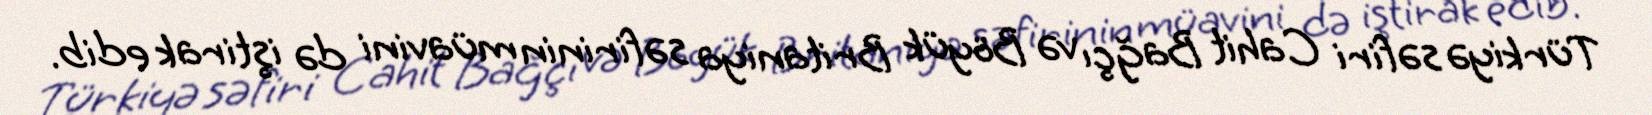
Türkiyə səfiri Cahit Bağçı və Böyük Britaniya səfirinin müavini də iştirak edib.